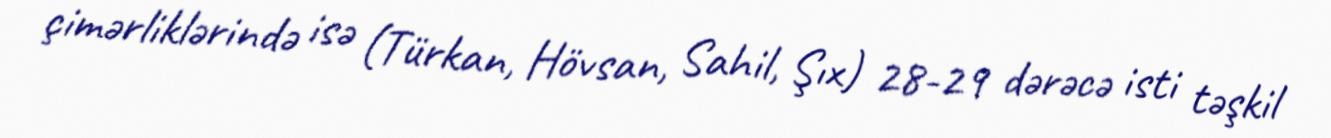
çimərliklərində isə (Türkan, Hövsan, Sahil, Şıx) 28-29 dərəcə isti təşkil